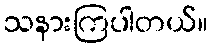
သနားကြပါတယ်။